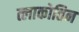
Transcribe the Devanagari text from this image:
त्लाकोतिन